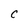
Character: c